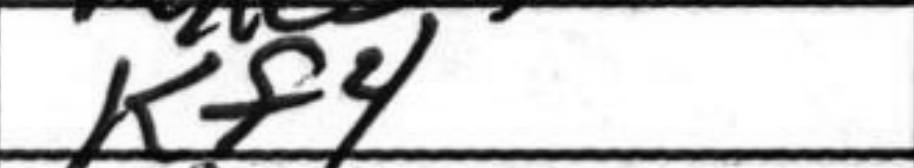
Transcription: Kf4